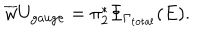
\overline { { { w } } } U _ { \mathrm { g a u g e } } = \pi _ { 2 } ^ { * } \Phi _ { \Gamma _ { \mathrm { t o t a l } } } ( E ) .